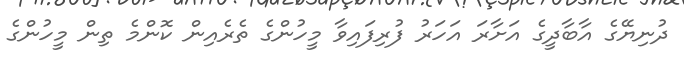
ދުނިޔޭގެ އާބާދީގެ އަށާރަ އަހަރު ފުރިފައިވާ މީހުންގެ ތެރެއިން ކޮންމެ ތިން މީހުންގެ